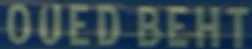
0OEDBEHT